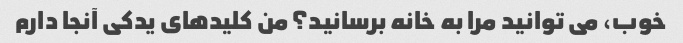
خوب، می توانید مرا به خانه برسانید؟ من کلیدهای یدکی آنجا دارم